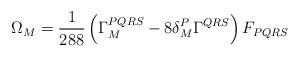
LaTeX: \begin{align*}\Omega_{M} = {1 \over 288} \left( \Gamma_{M}^{PQRS} - 8 \delta^P_M \Gamma^{QRS} \right) F_{PQRS}\end{align*}